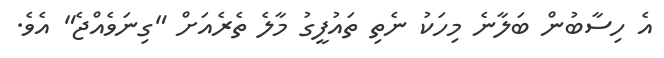
އެ ހިސާބުން ބަލާނެ މިހަކު ނެތި ތައުފީގު މާލެ ތެރެއަށް "ގިނަވެއްޖެ" އެވެ.